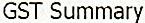
GST SUMMARY